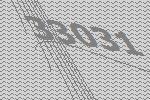
33031